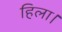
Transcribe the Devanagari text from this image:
हिला।